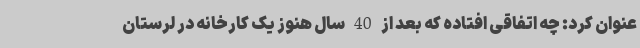
عنوان کرد: چه اتفاقی افتاده که بعد از 40 سال هنوز یک کارخانه در لرستان